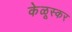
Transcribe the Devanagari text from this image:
केळूस्कर